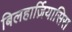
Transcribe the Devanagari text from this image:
बिलहार्ज़ियासिस